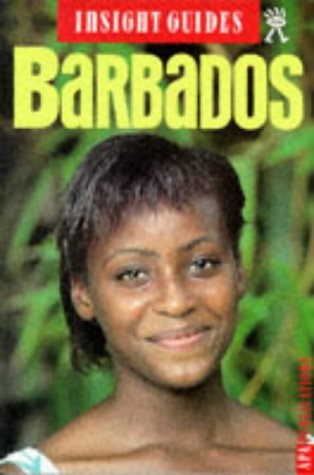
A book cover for Barbados Insight Guide (Insight Guides); Unnamed Unnamed; Travel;